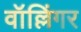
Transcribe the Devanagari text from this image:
वॉल्लिंगर